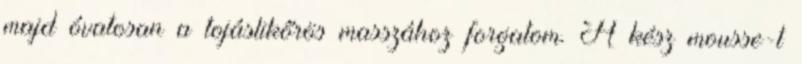
majd óvatosan a tojáslikőrös masszához forgatom. A kész mousse-t